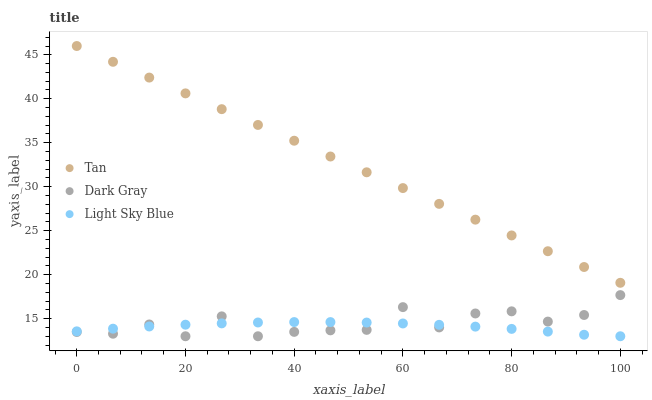
| xaxis_label | Tan | Dark Gray | Light Sky Blue |
 | --- | --- | --- | --- |
 | 0 | 46 | 13.5 | 13.6 |
 | 6.67 | 44.2 | 13.3 | 13.9 |
 | 13.3 | 42.4 | 14.3 | 14.1 |
 | 20 | 40.6 | 13 | 14.3 |
 | 26.7 | 38.8 | 15.3 | 14.5 |
 | 33.3 | 37 | 13 | 14.6 |
 | 40 | 35.2 | 13.5 | 14.6 |
 | 46.7 | 33.4 | 13.7 | 14.6 |
 | 53.3 | 31.6 | 13.7 | 14.6 |
 | 60 | 29.8 | 16.3 | 14.5 |
 | 66.7 | 28.1 | 14 | 14.3 |
 | 73.3 | 26.3 | 15.6 | 14.1 |
 | 80 | 24.5 | 15.8 | 13.8 |
 | 86.7 | 22.7 | 14.7 | 13.5 |
 | 93.3 | 20.9 | 15.4 | 13.2 |
 | 100 | 19.1 | 17.7 | 13 |